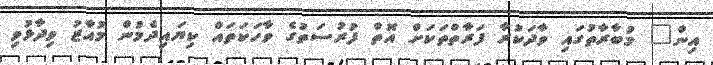
އިން" މުބާރާތުގައި ވާދަކުރާ ފަރާތްތަކަށް އޮތް ފުރުސަތުގެ ވާހަކަތައް ކިޔައިދެމުން މުއާޒު ވިދާޅުވި